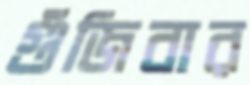
গুঁজিবার